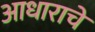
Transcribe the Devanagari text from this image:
आधाराचे